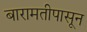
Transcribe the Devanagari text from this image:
बारामतीपासून